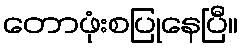
တောဖုံးစပြုနေပြီ။